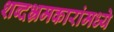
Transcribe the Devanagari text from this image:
शब्दभ्रमकारांमध्ये